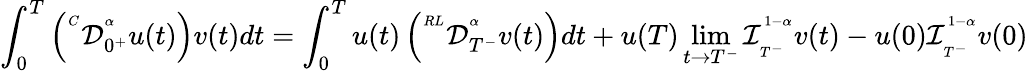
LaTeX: \begin{array}{lll}{\displaystyle\int_{0}^{T}\left({^{^C}\mathcal{D}_{0^{+}}^{^\alpha}}u(t)\right)v(t)dt=\displaystyle\int_{0}^{T}u(t)\left({^{^{RL}}\mathcal{D}_{T^{-}}^{^\alpha}}v(t)\right)dt+u(T)\operatorname*{lim}_{t\rightarrow T^{-}}\mathcal{I}_{_{T^{-}}}^{^{1-\alpha}}v(t)-u(0)\mathcal{I}_{_{T^{-}}}^{^{1-\alpha}}v(0)}\end{array}